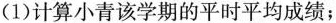
(1)计算小青该学期的平时平均成绩；